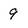
Character: 9